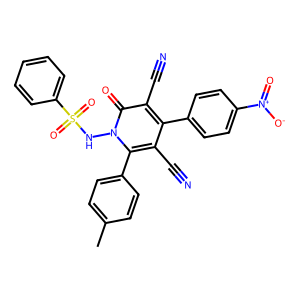
SMILES: Cc1ccc(-c2c(C#N)c(-c3ccc([N+](=O)[O-])cc3)c(C#N)c(=O)n2NS(=O)(=O)c2ccccc2)cc1
Inhibits HIV replication: No